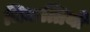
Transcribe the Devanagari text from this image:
चिकत्तियों